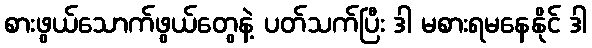
စားဖွယ်သောက်ဖွယ်တွေနဲ့ ပတ်သက်ပြီး ဒါ မစားရမနေနိုင် ဒါ